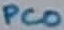
Text: PC0